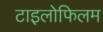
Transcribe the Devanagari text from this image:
टाइलोफिलम